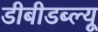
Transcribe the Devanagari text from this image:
डीबीडब्ल्यू